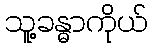
သူ့ခန္ဓာကိုယ်